Tezpur Lunatic Asylum reports 1877-1894 - 1877-1894
Year: 1877
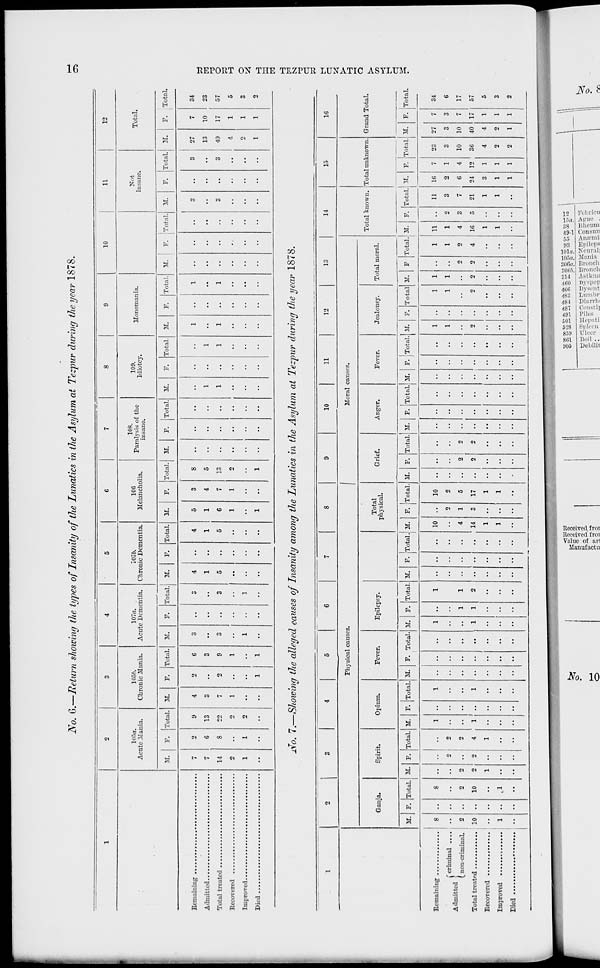
JVo. G.—Return showing the types of Insanity of the Lunatics in the Asylum at Tezpur during the year 1878.
C5
105a.
Acute 31ania.
10.W.
Chronic Mania.
107a.
Acute Dementia.
1076.
Chronic Dementia.
10
11
106
Melancholia.
108.
Paralvsis of the
insane.
109.
Idiotcy.
Monomania.
Not
insane.
Total.
M.
F. Total. 31.
F. Total. 31.
F. Total.! M.
F. Total. M.
F. Total. M.
F. Total. M.
F. Total. M.
F. Total. M.
F. Total. M.
F. Total. II.
F. Total
Remaining ..
Admitted....
Total treated
Recovered ..
Improved....
Died
7
2
9
4
o
6
3
3
4
4
5
3
8
1
1
5
3
27
7
7
6
13
3
..
3
• •
.-
..
1
1
1
4
5
..
..
1
1
..
..
..
..
..
..
• •
• •
13
10
14
8
22
7
2
9
3
..
3
5
5
G
7
13
..
..
1
1
1
..
1
• •
• •
3
• •
3
40
17
2
• •
o
1
• •
1
• •
• •
• •
..
• •
1
1
o
..
..
• •
..
..
..
• •
• •
..
• >
• •
4
1
1
1
2
• •
• •
..
1
• •
1
• •
• •
• •
..
..
..
..
• •
..
..
..
• •
• •
• •
• •
..
2
1
••
••
••
1
1
•■
••
••
••
••
1
••
1
••
••
••
••
••
••
••
••
•■
••
••
••
1
1
34
23
57
5
3
2
jfo. 7.—Showing the alleged causes of Insanity among the Lunatics in the Asylum at Tezpur during the year 1878.
1
2
3
4
5
G
7
8
9
10
11
12
13
14
15
16
Physical causes.
Moral causes.
Total known. Total unknown. Grand Total.
Ganja.
Spirit.
Opium.
Fever.
Epilepsy.
Total
physical.
Grief.
Anger.
Fever.
Jealousy.
Total moral.
M. F. Total.
1
'
M. F. Total. M. F. Total. 31. F. Total. M. F. Total. M. F. Total. M. F. Total. M. F. Total. M. F. Total. M. F. jTotal. M. F. Total 31. F Total. M. F. Total. 31. F. Total. M. F. Total
s
8
1
1
1
1
..
10
10
1
1
1
1
11
11
16
7
23
27
7
34
f criminal ....
2
o
2
2
1
1
1
1
1
2
3
2
1
3
3
3
6
Admitted I
(_ non-criminal.
2 ••
2
2 ••
2
1
1
4
1
5
>•
2
2
2
2
4
3
7
6
4
10
10
i
17
Total treated
10 ..
10
2
2
4
1
1
1
1
2
14
3
17
..
2
2
.. ..
..
2 ..
2
2
2
4
16
5
21
24 12
36
40 17
57
Recovered
.. ..
..
1 • •
1
1 ..
1
1 ••
1
3
1
4
4
1
5
1
1
1
1
1
1
1
1
2
2
1
3
1
1
2
1
1
2
o
O
S3
<3
tr 1
>
I—I
Q
>
m
H
el
&
2.3 11